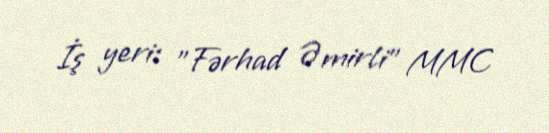
İş yeri: "Fərhad Əmirli" MMC